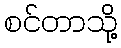
စင်တာသို့